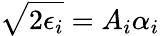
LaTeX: \sqrt{2\epsilon_{i}}=A_{i}\alpha_{i}